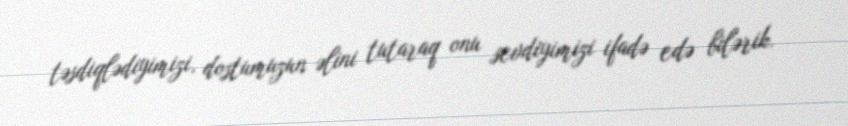
təsdiqlədiyimizi, dostumuzun əlini tutaraq onu sevdiyimizi ifadə edə bilərik.